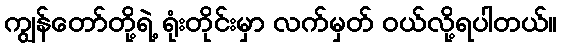
ကျွန်တော်တို့ရဲ့ ရုံးတိုင်းမှာ လက်မှတ် ဝယ်လို့ရပါတယ်။